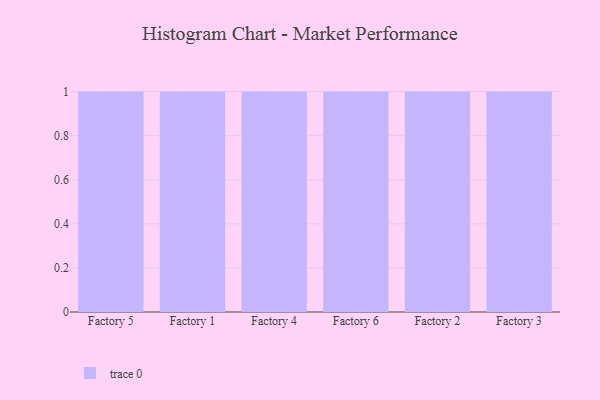
{"axis": {"x": "Factory", "y": "Energy Usage (MWh)"}, "legend": [""], "data": [{"x": "Factory 5", "y": 33, "type": ""}, {"x": "Factory 1", "y": 59, "type": ""}, {"x": "Factory 4", "y": 56, "type": ""}, {"x": "Factory 6", "y": 38, "type": ""}, {"x": "Factory 2", "y": 44, "type": ""}, {"x": "Factory 3", "y": 19, "type": ""}]}